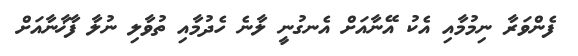
ފެންވަރާ ނިމުމާއި އެކު އޭނާއަށް އެނގުނީ ލާނެ ހެދުމާއި ތުވާލި ނުލާ ފާޚާނާއަށް